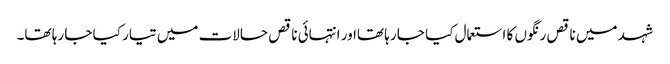
شہد میں ناقص رنگوں کا استعمال کیا جا رہا تھااور انتہائی ناقص حالات میں تیار کیا جا رہا تھا۔